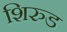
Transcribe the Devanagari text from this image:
शिरुड